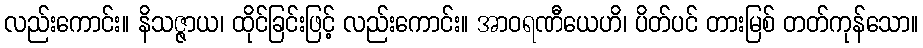
လည်းကောင်း။ နိသဇ္ဇာယ၊ ထိုင်ခြင်းဖြင့် လည်းကောင်း။ အာဝရဏီယေဟိ၊ ပိတ်ပင် တားမြစ် တတ်ကုန်သော။